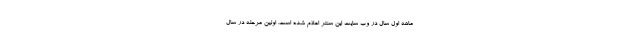
ماهه اول سال در وب سایت این سنتر اعلام شده است. اولین مرحله در سال